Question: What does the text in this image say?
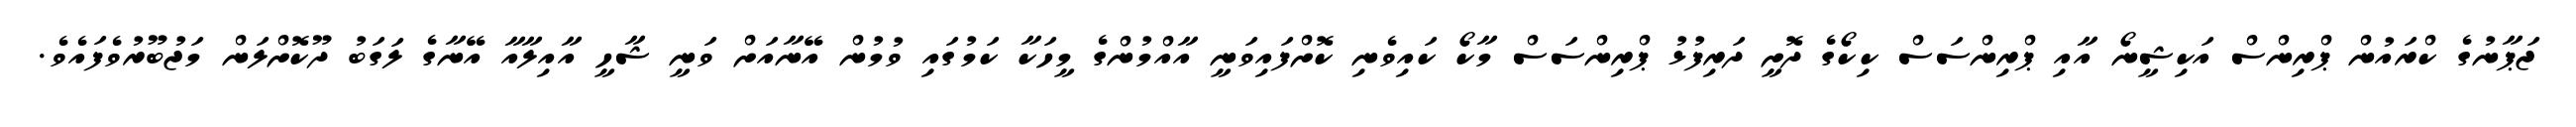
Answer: ޖަޕާނުގެ ކްރައުން ޕްރިންސް އަކިޝީނޯ އާއި ޕްރިންސަސް ކިކޯގެ ދޮށީ ދަރިފުޅު ޕްރިންސަސް މާކޯ ކައިވެނި ކޮށްފައިވަނީ އާއްމުންގެ މީހަކާ ކަމުގައި ވުމުން އޭނާއަށް ވަނީ ޝާހީ އާއިލާއާ އޭނާގެ ލަގަބު ދޫކޮށްލަން މަޖުބޫރުވެފައެވެ.